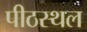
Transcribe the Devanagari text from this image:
पीठस्थल